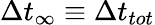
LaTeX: \Delta t_{\infty}\equiv\Delta t_{tot}